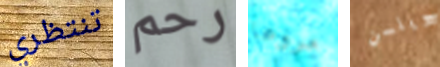
تنتظري رحم مروعا ويلسن